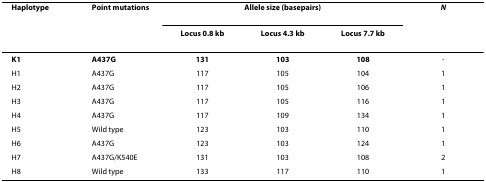
<table><thead><tr><td><b>Haplotype</b></td><td><b>Point mutations</b></td><td colspan="3"><b>Allele size (basepairs)</b></td><td><b><i>N</i></b></td></tr><tr><td></td><td></td><td><b>Locus 0.8 kb</b></td><td><b>Locus 4.3 kb</b></td><td><b>Locus 7.7 kb</b></td><td></td></tr></thead><tbody><tr><td><b>K1</b></td><td><b>A437G</b></td><td><b>131</b></td><td><b>103</b></td><td><b>108</b></td><td>-</td></tr><tr><td>H1</td><td>A437G</td><td>117</td><td>105</td><td>104</td><td>1</td></tr><tr><td>H2</td><td>A437G</td><td>117</td><td>105</td><td>106</td><td>1</td></tr><tr><td>H3</td><td>A437G</td><td>117</td><td>105</td><td>116</td><td>1</td></tr><tr><td>H4</td><td>A437G</td><td>117</td><td>109</td><td>134</td><td>1</td></tr><tr><td>H5</td><td>Wild type</td><td>123</td><td>103</td><td>110</td><td>1</td></tr><tr><td>H6</td><td>A437G</td><td>123</td><td>103</td><td>124</td><td>1</td></tr><tr><td>H7</td><td>A437G/K540E</td><td>131</td><td>103</td><td>108</td><td>2</td></tr><tr><td>H8</td><td>Wild type</td><td>133</td><td>117</td><td>110</td><td>1</td></tr></tbody></table>